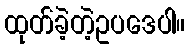
ထုတ်ခဲ့တဲ့ဥပဒေပါ။